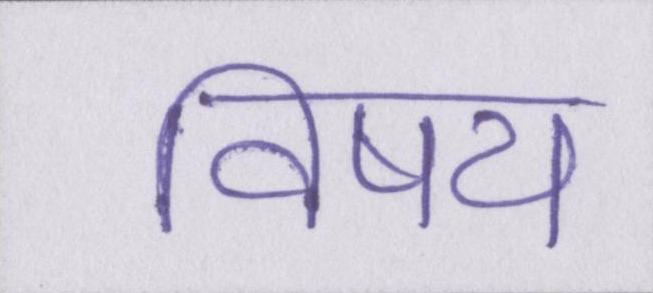
विषय